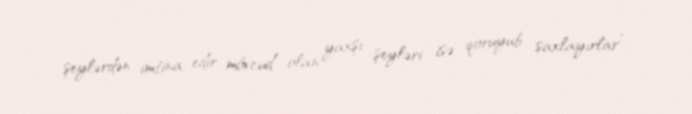
şeylərdən imtina edir, mövcud olan yaxşı şeyləri isə qoruyub saxlayırlar”.